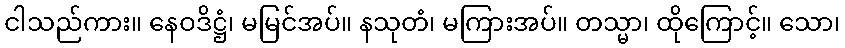
ငါသည်ကား။ နေဝဒိဋ္ဌံ၊ မမြင်အပ်။ နသုတံ၊ မကြားအပ်။ တသ္မာ၊ ထိုကြောင့်။ သော၊